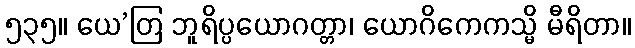
၅၃၅။ ယေ’တြ ဘူရိပ္ပယောဂတ္တာ၊ ယောဂိကေကသ္မိ မီရိတာ။